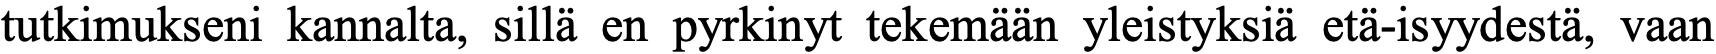
tutkimukseni kannalta, sillä en pyrkinyt tekemään yleistyksiä etä-isyydestä, vaan